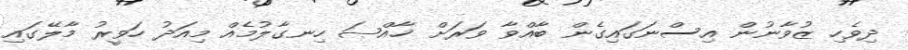
ދިވެހި ޒުވާނުން އިސްނަގައިގެން ބާއްވާ ވަރަށް ޚާއްޞަ ހިނގާލުމެއް މިއަދު ހަވީރު މާލޭގައި